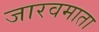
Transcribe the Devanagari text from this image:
जारवमाता